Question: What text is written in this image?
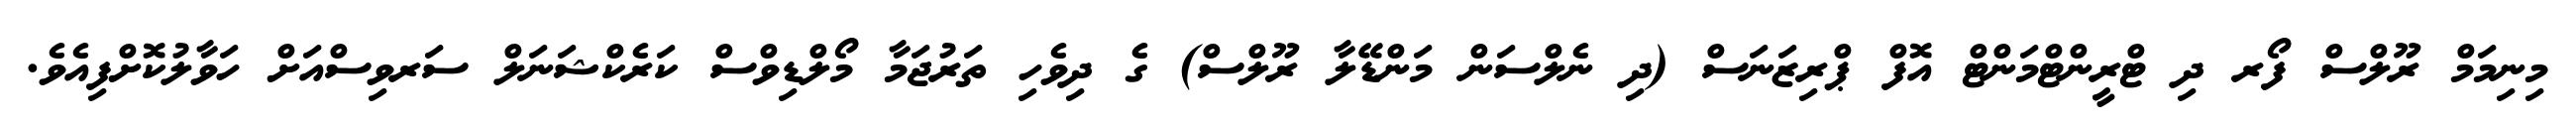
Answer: މިނިމަމް ރޫލްސް ފޯރ ދި ޓްރީންޓްމަންޓް އޮފް ޕްރިޒަނަސް (ދި ނެލްސަން މަންޑޭލާ ރޫލްސް) ގެ ދިވެހި ތަރުޖަމާ މޯލްޑިވްސް ކަރެކްޝަނަލް ސަރވިސްއަށް ހަވާލުކޮށްފިއެވެ.